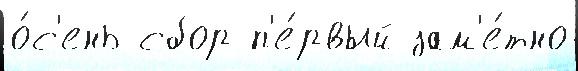
о́с'ень сбор п'е́рвый зам'е́тно